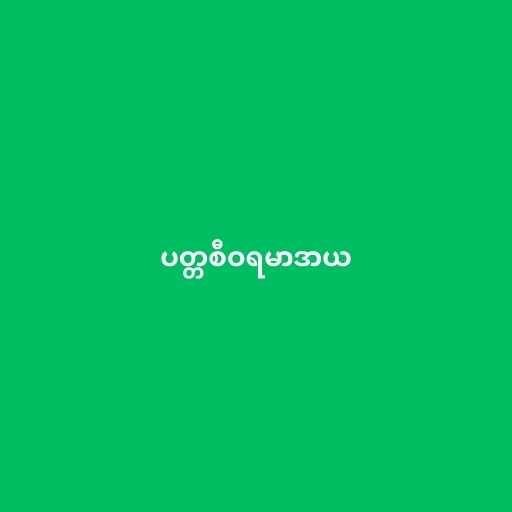
ပတ္တစီဝရမာဒာယ